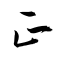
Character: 正